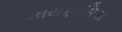
કાયફોસિસ